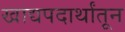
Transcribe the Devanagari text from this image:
खाद्यपदार्थांतून